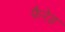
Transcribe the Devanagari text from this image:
फैरेड